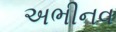
અભીનવ